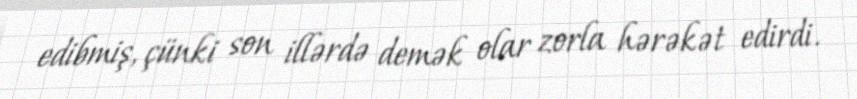
edibmiş, çünki son illərdə demək olar zorla hərəkət edirdi.